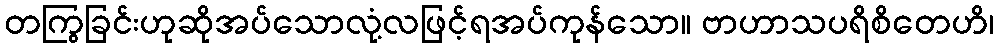
တကြွခြင်းဟုဆိုအပ်သောလုံ့လဖြင့်ရအပ်ကုန်သော။ ဗာဟာသပရိစိတေဟိ၊